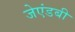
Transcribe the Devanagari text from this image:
जेएंडबी